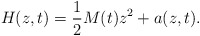
\begin{align*}H(z,t)=\frac{1}{2}M(t)z^{2}+a(z,t).\end{align*}